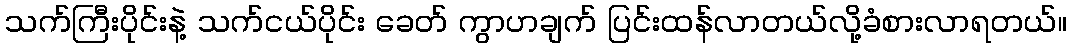
သက်ကြီးပိုင်းနဲ့ သက်ငယ်ပိုင်း ခေတ် ကွာဟချက် ပြင်းထန်လာတယ်လို့ခံစားလာရတယ်။